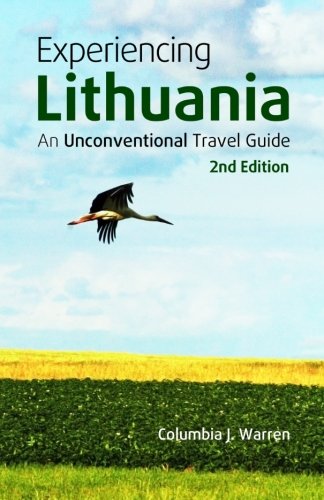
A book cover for Experiencing Lithuania: An Unconventional Travel Guide; Columbia J. Warren; Travel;